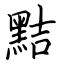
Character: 黠